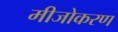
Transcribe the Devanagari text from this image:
मीजोकरण